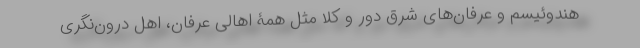
هندوئیسم و عرفان‌های شرق دور و کلاً مثل همۀ اهالی عرفان، اهل درون‌نگری